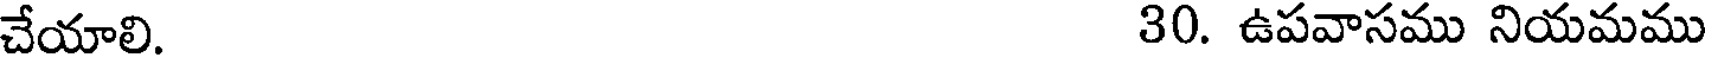
చేయాలి. 30. ఉపవాసము నియమము